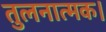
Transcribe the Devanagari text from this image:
तुलनात्मक।